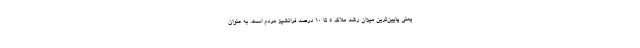
یعنی پایین‌ترین میزان رشد ملاک ۵ تا ۱۰ درصد فرانشیز مردم است. به عنوان